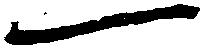
一